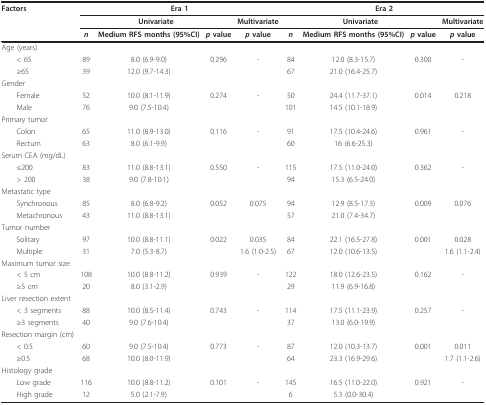
<table><thead><tr><td><b>Factors</b></td><td colspan="4"><b>Era 1</b></td><td colspan="4"><b>Era 2</b></td></tr><tr><td></td><td colspan="3"><b>Univariate</b></td><td><b>Multivariate</b></td><td colspan="3"><b>Univariate</b></td><td><b>Multivariate</b></td></tr><tr><td></td><td><b><i>n</i></b></td><td><b>Medium RFS months (95%CI)</b></td><td><b><i>p </i>value</b></td><td><b><i>p </i>value</b></td><td><b><i>n</i></b></td><td><b>Medium RFS months (95%CI)</b></td><td><b><i>p </i>value</b></td><td><b><i>p </i>value</b></td></tr></thead><tbody><tr><td>Age (years)</td><td></td><td></td><td></td><td></td><td></td><td></td><td></td><td></td></tr><tr><td> &lt; 65</td><td>89</td><td>8.0 (6.9-9.0)</td><td>0.296</td><td>-</td><td>84</td><td>12.0 (8.3-15.7)</td><td>0.300</td><td>-</td></tr><tr><td> ≥65</td><td>39</td><td>12.0 (9.7-14.3)</td><td></td><td></td><td>67</td><td>21.0 (16.4-25.7)</td><td></td><td></td></tr><tr><td>Gender</td><td></td><td></td><td></td><td></td><td></td><td></td><td></td><td></td></tr><tr><td> Female</td><td>52</td><td>10.0 (8.1-11.9)</td><td>0.274</td><td>-</td><td>50</td><td>24.4 (11.7-37.1)</td><td>0.014</td><td>0.218</td></tr><tr><td> Male</td><td>76</td><td>9.0 (7.5-10.4)</td><td></td><td></td><td>101</td><td>14.5 (10.1-18.9)</td><td></td><td></td></tr><tr><td>Primary tumor</td><td></td><td></td><td></td><td></td><td></td><td></td><td></td><td></td></tr><tr><td> Colon</td><td>65</td><td>11.0 (8.9-13.0)</td><td>0.116</td><td>-</td><td>91</td><td>17.5 (10.4-24.6)</td><td>0.961</td><td>-</td></tr><tr><td> Rectum</td><td>63</td><td>8.0 (6.1-9.9)</td><td></td><td></td><td>60</td><td>16 (6.6-25.3)</td><td></td><td></td></tr><tr><td>Serum CEA (mg/dL)</td><td></td><td></td><td></td><td></td><td></td><td></td><td></td><td></td></tr><tr><td> ≤200</td><td>83</td><td>11.0 (8.8-13.1)</td><td>0.550</td><td>-</td><td>115</td><td>17.5 (11.0-24.0)</td><td>0.362</td><td>-</td></tr><tr><td> &gt; 200</td><td>38</td><td>9.0 (7.8-10.1)</td><td></td><td></td><td>94</td><td>15.3 (6.5-24.0)</td><td></td><td></td></tr><tr><td>Metastatic type</td><td></td><td></td><td></td><td></td><td></td><td></td><td></td><td></td></tr><tr><td> Synchronous</td><td>85</td><td>8.0 (6.8-9.2)</td><td>0.052</td><td>0.075</td><td>94</td><td>12.9 (8.5-17.3)</td><td>0.009</td><td>0.076</td></tr><tr><td> Metachronous</td><td>43</td><td>11.0 (8.8-13.1)</td><td></td><td></td><td>57</td><td>21.0 (7.4-34.7)</td><td></td><td></td></tr><tr><td>Tumor number</td><td></td><td></td><td></td><td></td><td></td><td></td><td></td><td></td></tr><tr><td> Solitary</td><td>97</td><td>10.0 (8.8-11.1)</td><td>0.022</td><td>0.035</td><td>84</td><td>22.1 (16.5-27.8)</td><td>0.001</td><td>0.028</td></tr><tr><td> Multiple</td><td>31</td><td>7.0 (5.3-8.7)</td><td></td><td>1.6 (1.0-2.5)</td><td>67</td><td>12.0 (10.6-13.5)</td><td></td><td>1.6 (1.1-2.4)</td></tr><tr><td>Maximum tumor size</td><td></td><td></td><td></td><td></td><td></td><td></td><td></td><td></td></tr><tr><td> &lt; 5 cm</td><td>108</td><td>10.0 (8.8-11.2)</td><td>0.939</td><td>-</td><td>122</td><td>18.0 (12.6-23.5)</td><td>0.162</td><td>-</td></tr><tr><td> ≥5 cm</td><td>20</td><td>8.0 (3.1-2.9)</td><td></td><td></td><td>29</td><td>11.9 (6.9-16.8)</td><td></td><td></td></tr><tr><td>Liver resection extent</td><td></td><td></td><td></td><td></td><td></td><td></td><td></td><td></td></tr><tr><td> &lt; 3 segments</td><td>88</td><td>10.0 (8.5-11.4)</td><td>0.743</td><td>-</td><td>114</td><td>17.5 (11.1-23.9)</td><td>0.257</td><td>-</td></tr><tr><td> ≥3 segments</td><td>40</td><td>9.0 (7.6-10.4)</td><td></td><td></td><td>37</td><td>13.0 (6.0-19.9)</td><td></td><td></td></tr><tr><td>Resection margin (cm)</td><td></td><td></td><td></td><td></td><td></td><td></td><td></td><td></td></tr><tr><td> &lt; 0.5</td><td>60</td><td>9.0 (7.5-10.4)</td><td>0.773</td><td>-</td><td>87</td><td>12.0 (10.3-13.7)</td><td>0.001</td><td>0.011</td></tr><tr><td> ≥0.5</td><td>68</td><td>10.0 (8.0-11.9)</td><td></td><td></td><td>64</td><td>23.3 (16.9-29.6)</td><td></td><td>1.7 (1.1-2.6)</td></tr><tr><td>Histology grade</td><td></td><td></td><td></td><td></td><td></td><td></td><td></td><td></td></tr><tr><td> Low grade</td><td>116</td><td>10.0 (8.8-11.2)</td><td>0.101</td><td>-</td><td>145</td><td>16.5 (11.0-22.0)</td><td>0.921</td><td>-</td></tr><tr><td> High grade</td><td>12</td><td>5.0 (2.1-7.9)</td><td></td><td></td><td>6</td><td>5.3 (0.0-30.4)</td><td></td><td></td></tr></tbody></table>